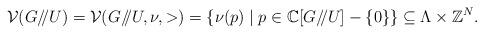
LaTeX: \begin{align*}{\cal V}(G/\hskip -3.5pt/U)={\cal V}(G/\hskip -3.5pt/U,\nu,>)=\{\nu({p})\mid p\in \mathbb C[G/\hskip -3.5pt/U]-\{0\}\}\subseteq \Lambda\times\mathbb Z^N.\end{align*}